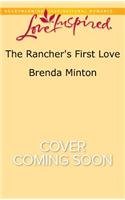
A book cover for The Rancher's First Love (Martin's Crossing); Brenda Minton; Romance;